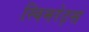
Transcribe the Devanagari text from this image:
स्विमरेट्स